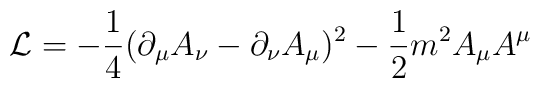
{\cal L}= -\frac{1}{4}(\partial_{\mu}A_{\nu}-\partial_{\nu}A_{\mu})^{2}-\frac{1}{2}m^{2}A_{\mu}A^{\mu}